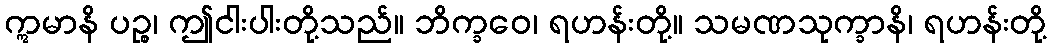
ဣမာနိ ပဉ္စ၊ ဤငါးပါးတို့သည်။ ဘိက္ခဝေ၊ ရဟန်းတို့။ သမဏသုက္ခာနိ၊ ရဟန်းတို့